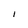
Character: I